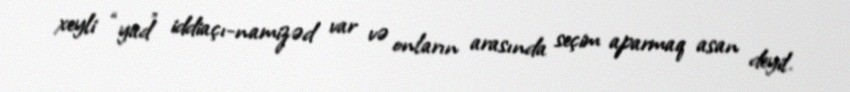
xeyli “yad” iddiaçı-namizəd var və onların arasında seçim aparmaq asan deyil.